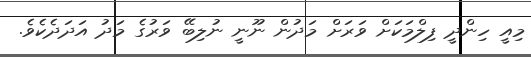
މިއީ ހިންދީ ފިލްމަކަށް ވަރަށް މަދުން ނޫނީ ނުލިބޭ ވަރުގެ މަދު އަދަދެކެވެ.